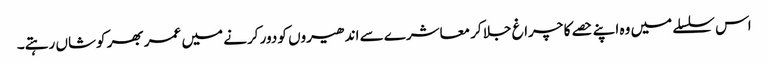
اس سلسلے میں وہ اپنے حصے کا چراغ جلا کر معاشرے سے اندھیروں کو دور کرنے میں عمر بھر کوشاں رہتے۔